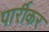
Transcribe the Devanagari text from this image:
पार्रीकर